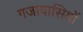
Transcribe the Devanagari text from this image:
गजावासियों